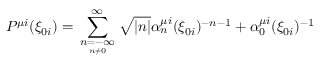
P ^ { \mu i } ( \xi _ { 0 i } ) = \sum _ { \scriptstyle n = - \infty \atop n \neq 0 } ^ { \infty } \sqrt { | n | } \alpha _ { n } ^ { \mu i } ( \xi _ { 0 i } ) ^ { - n - 1 } + \alpha _ { 0 } ^ { \mu i } ( \xi _ { 0 i } ) ^ { - 1 }